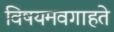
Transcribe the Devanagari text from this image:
विषयमवगाहते